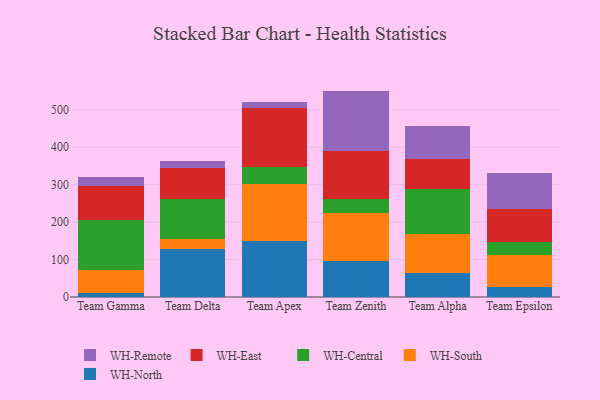
{"axis": {"x": "Team", "y": "Inventory Turnover"}, "legend": ["WH-Central", "WH-East", "WH-North", "WH-Remote", "WH-South"], "data": [{"x": "Team Gamma", "y": 11.9, "type": "WH-North"}, {"x": "Team Gamma", "y": 59.3, "type": "WH-South"}, {"x": "Team Gamma", "y": 133.4, "type": "WH-Central"}, {"x": "Team Gamma", "y": 92.2, "type": "WH-East"}, {"x": "Team Gamma", "y": 22.9, "type": "WH-Remote"}, {"x": "Team Delta", "y": 129.5, "type": "WH-North"}, {"x": "Team Delta", "y": 25.4, "type": "WH-South"}, {"x": "Team Delta", "y": 108.2, "type": "WH-Central"}, {"x": "Team Delta", "y": 81.8, "type": "WH-East"}, {"x": "Team Delta", "y": 18.8, "type": "WH-Remote"}, {"x": "Team Apex", "y": 150.5, "type": "WH-North"}, {"x": "Team Apex", "y": 150.3, "type": "WH-South"}, {"x": "Team Apex", "y": 46.3, "type": "WH-Central"}, {"x": "Team Apex", "y": 156.6, "type": "WH-East"}, {"x": "Team Apex", "y": 16.9, "type": "WH-Remote"}, {"x": "Team Zenith", "y": 96.9, "type": "WH-North"}, {"x": "Team Zenith", "y": 126.2, "type": "WH-South"}, {"x": "Team Zenith", "y": 39.9, "type": "WH-Central"}, {"x": "Team Zenith", "y": 128.0, "type": "WH-East"}, {"x": "Team Zenith", "y": 159.7, "type": "WH-Remote"}, {"x": "Team Alpha", "y": 63.1, "type": "WH-North"}, {"x": "Team Alpha", "y": 104.8, "type": "WH-South"}, {"x": "Team Alpha", "y": 120.0, "type": "WH-Central"}, {"x": "Team Alpha", "y": 81.7, "type": "WH-East"}, {"x": "Team Alpha", "y": 87.8, "type": "WH-Remote"}, {"x": "Team Epsilon", "y": 25.9, "type": "WH-North"}, {"x": "Team Epsilon", "y": 87.3, "type": "WH-South"}, {"x": "Team Epsilon", "y": 33.7, "type": "WH-Central"}, {"x": "Team Epsilon", "y": 88.9, "type": "WH-East"}, {"x": "Team Epsilon", "y": 94.4, "type": "WH-Remote"}]}